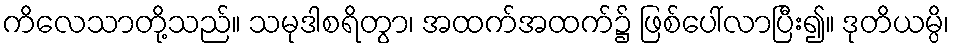
ကိလေသာတို့သည်။ သမုဒါစရိတွာ၊ အထက်အထက်၌ ဖြစ်ပေါ်လာပြီး၍။ ဒုတိယမ္ပိ၊